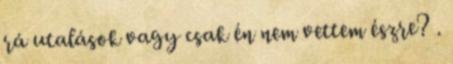
rá utalások vagy csak én nem vettem észre? .